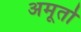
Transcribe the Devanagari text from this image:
अमूर्तो